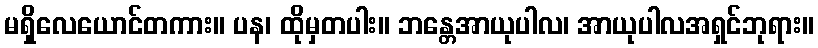
မရှိလေယောင်တကား။ ပန၊ ထိုမှတပါး။ ဘန္တေအာယုပါလ၊ အာယုပါလအရှင်ဘုရား။